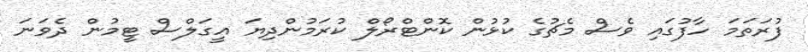
ފުރަތަމަ ހާފުގައި ވެސް މެޗުގެ ކުޅުން ކޮންޓްރޯލް ކުރަމުންދިޔަ އީގަލްސް ޓީމުން ދެވަނަ